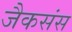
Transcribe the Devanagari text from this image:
जैकसंस